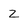
Character: Z